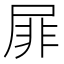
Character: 屝